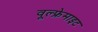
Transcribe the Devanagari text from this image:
वूल्फ्रेमाइट